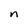
Character: n